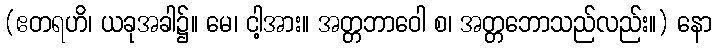
(ဧတရဟိ၊ ယခုအခါ၌။ မေ၊ ငါ့အား။ အတ္တဘာဝေါ စ၊ အတ္တဘောသည်လည်း။) နော